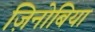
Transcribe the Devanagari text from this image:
ज़िनोबिया